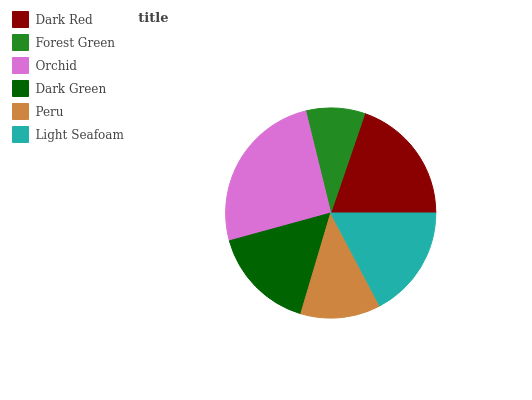
| Dark Red | Forest Green | Orchid | Dark Green | Peru | Light Seafoam |
 | --- | --- | --- | --- | --- | --- |
 | 19.7% | 9.09% | 25.5% | 16.1% | 12.3% | 17.3% |